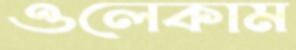
ওলেকাম